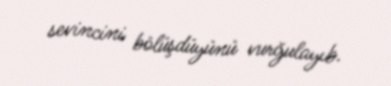
sevincini bölüşdüyünü vurğulayıb.